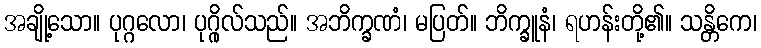
အချို့သော။ ပုဂ္ဂလော၊ ပုဂ္ဂိုလ်သည်။ အဘိက္ခဏံ၊ မပြတ်။ ဘိက္ခူနံ၊ ရဟန်းတို့၏။ သန္တိကေ၊